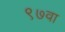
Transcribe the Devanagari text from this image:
९७वा